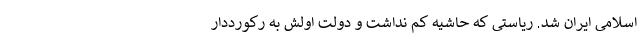
اسلامی ایران شد. ریاستی که حاشیه کم نداشت و دولت اولش به رکورددار